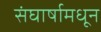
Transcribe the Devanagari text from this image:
संघार्षामधून